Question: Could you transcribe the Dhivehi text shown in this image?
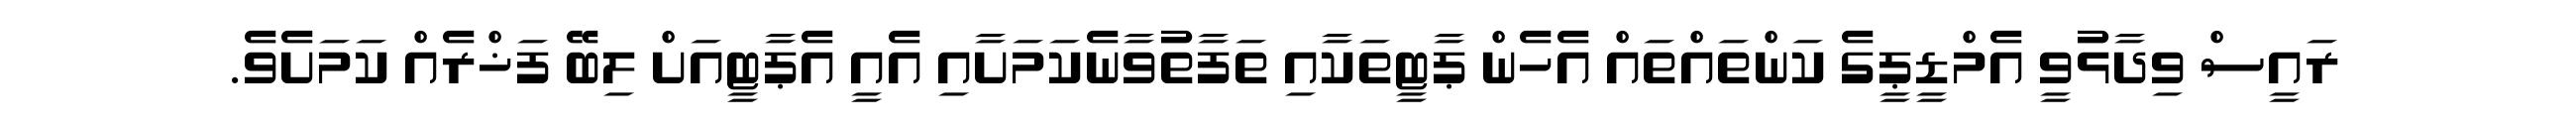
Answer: ރައީސް ވިދާޅުވީ އެމްޑީޕީގެ ކަންތައްތައް އެހެން ޕާޓީތަކާއި ތަފާތުވާނެކަމަށާއި އެއީ އެޕާޓީއަށް ލިބޭ ފަޚްރެއް ކަމަށެވެ.